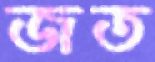
জত